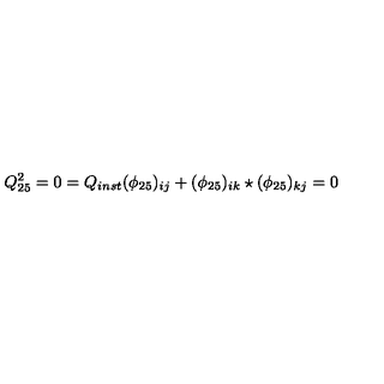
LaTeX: Q _ { 2 5 } ^ { 2 } = 0 = Q _ { i n s t } ( \phi _ { 2 5 } ) _ { i j } + ( \phi _ { 2 5 } ) _ { i k } \star ( \phi _ { 2 5 } ) _ { k j } = 0